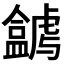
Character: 𥃋